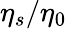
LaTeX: \eta_{s}/\eta_{0}